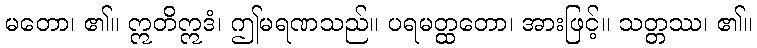
မတော၊ ၏။ ဣတိဣဒံ၊ ဤမရဏသည်။ ပရမတ္ထတော၊ အားဖြင့်။ သတ္တဿ၊ ၏။